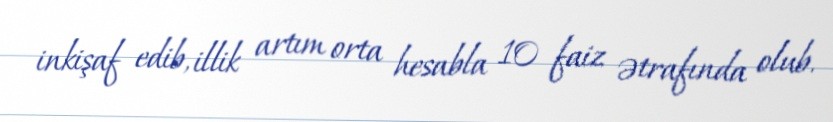
inkişaf edib, illik artım orta hesabla 10 faiz ətrafında olub.